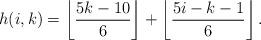
LaTeX: \begin{align*}h(i,k)=\left\lfloor\dfrac{5k-10}{6}\right\rfloor+\left\lfloor\dfrac{5i-k-1}{6}\right\rfloor.\end{align*}